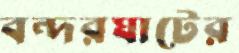
বন্দরঘাটের